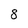
Character: 8